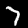
Label: 7